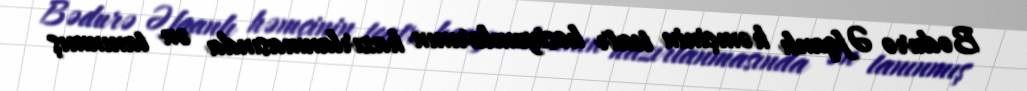
Bədurə Əfqanlı həmçinin teatr kostyumlarının hazırlanmasında ən tanınmış